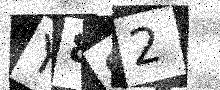
Text: Y8S2